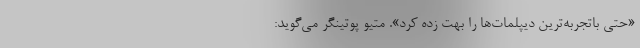
«حتی باتجربه‌ترین دیپلمات‌ها را بهت زده کرد». متیو پوتینگر می‌گوید: